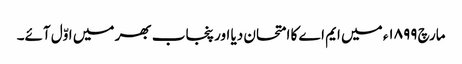
مارچ ١٨٩٩ء میں ایم اے کا امتحان دیا اور پنجاب بھر میں اوّل آئے۔